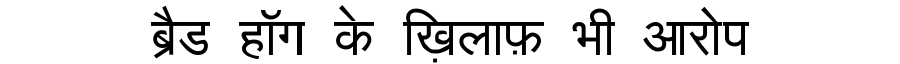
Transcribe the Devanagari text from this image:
ब्रैड हॉग के ख़िलाफ़ भी आरोप